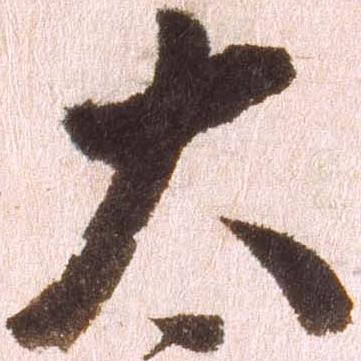
太